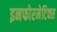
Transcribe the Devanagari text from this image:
इनफोरमेटिक्स